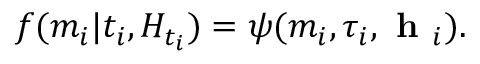
f ( m _ { i } | t _ { i } , H _ { t _ { i } } ) = \psi ( m _ { i } , \tau _ { i } , \textbf { h } _ { i } ) .